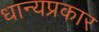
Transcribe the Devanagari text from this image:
धान्यप्रकार